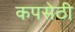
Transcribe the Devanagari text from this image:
कपसेठी